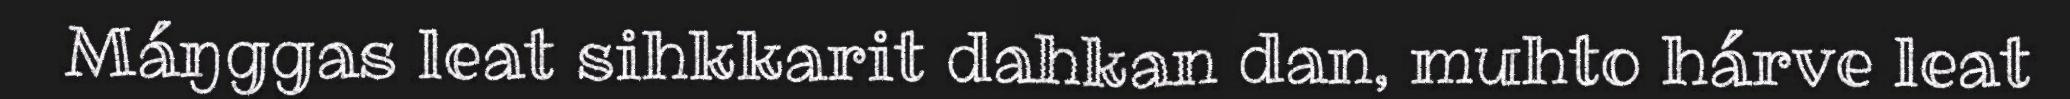
Máŋggas leat sihkkarit dahkan dan, muhto hárve leat